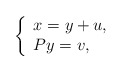
\begin{align*}\left\{\begin{array}{lll}x=y+u,\\Py=v,\end{array}\right.\end{align*}